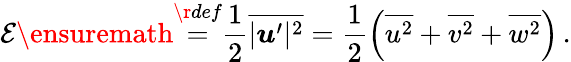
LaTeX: \mathcal{E}\ensuremath{\stackrel{\r{def}}{=}}\frac{1}{2}\overline{{|\boldsymbol u^{\prime}|^{2}}}=\frac{1}{2}\left(\overline{{u^{2}}}+\overline{{v^{2}}}+\overline{{w^{2}}}\right)\, .